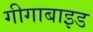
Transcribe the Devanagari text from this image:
गीगाबाइड